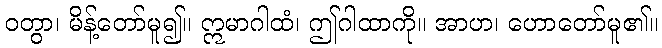
ဝတွာ၊ မိန့်တော်မူ၍။ ဣမာဂါထံ၊ ဤဂါထာကို။ အာဟ၊ ဟောတော်မူ၏။